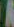
A